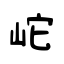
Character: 岮